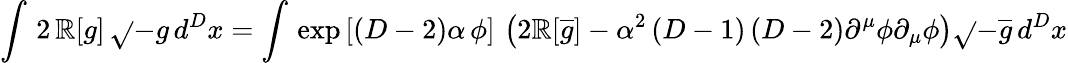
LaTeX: \int\, 2\, \mathbb{R}[g]\, \sqrt{}{{-g}}\, d^{D}x=\int\, \exp\left[(D-2)\alpha\, \phi\right]\, \left(2\mathbb{R}[\overline{{{{g}}}}]-\alpha^{2}\left(D-1\right)\left(D-2\right)\partial^{\mu}\phi\partial_{\mu}\phi\right)\sqrt{}{{-\overline{{{{g}}}}}}\, d^{D}x